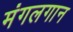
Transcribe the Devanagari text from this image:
मंगलगान